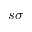
s \sigma